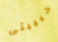
حبيبتى